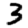
Digit: 3